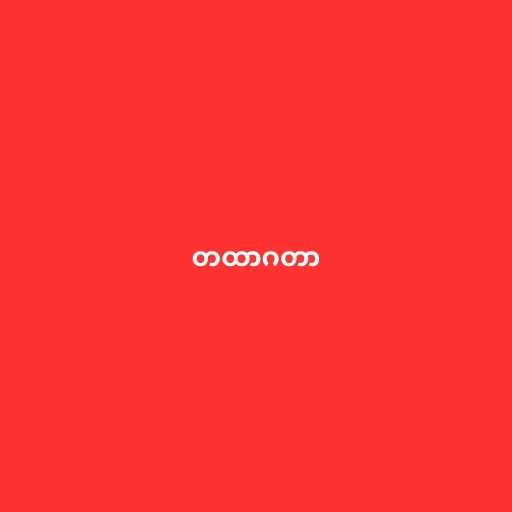
တထာဂတာ